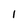
Character: 1